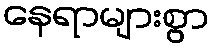
နေရာများစွာ